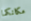
مكانكما